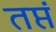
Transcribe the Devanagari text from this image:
तप्तं